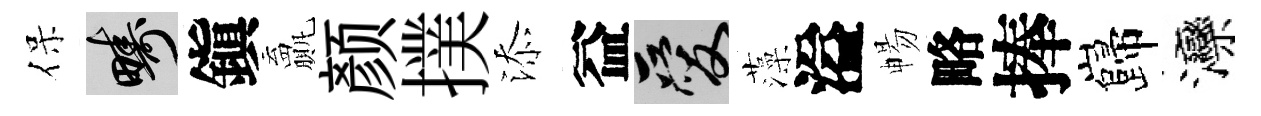
保疇鎭贏颜撲添益爱藻溢暢略捧巋灤